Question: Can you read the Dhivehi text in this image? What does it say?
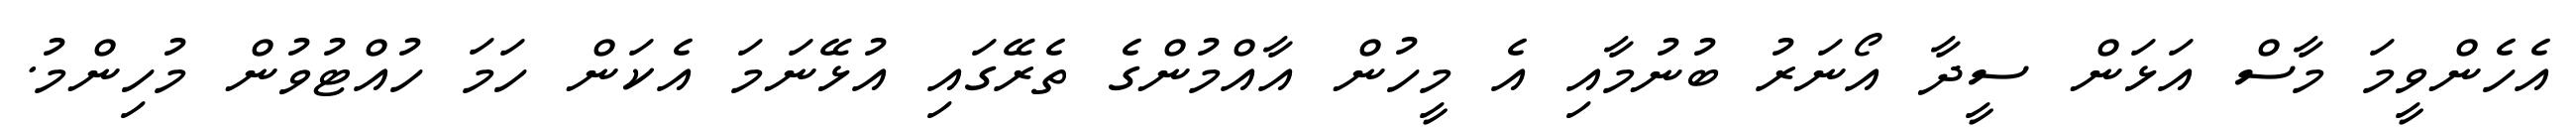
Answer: އެހެންވީމަ މާސް އަޅަން ސީދާ އޯނަރު ބުނުމާއި އެ މީހުން އާއްމުންގެ ތެރޭގައި އުޅޭނަމަ އެކަން ހަމަ ހުއްޓުވުން މުހިންމު.